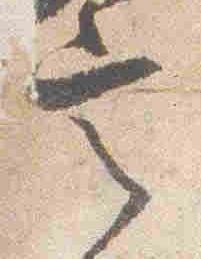
定